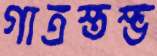
গাত্রস্তম্ভ